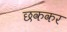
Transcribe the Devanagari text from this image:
छककर